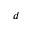
d